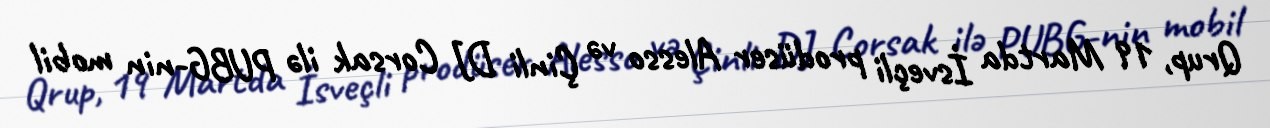
Qrup, 19 Martda İsveçli prodüser Alesso və Çinli DJ Corsak ilə PUBG-nin mobil